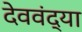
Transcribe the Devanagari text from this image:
देववंद्या